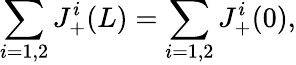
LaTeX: \sum_{i=1,2}J_{+}^{i}(L)=\sum_{i=1,2}J_{+}^{i}(0),